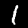
Label: 1